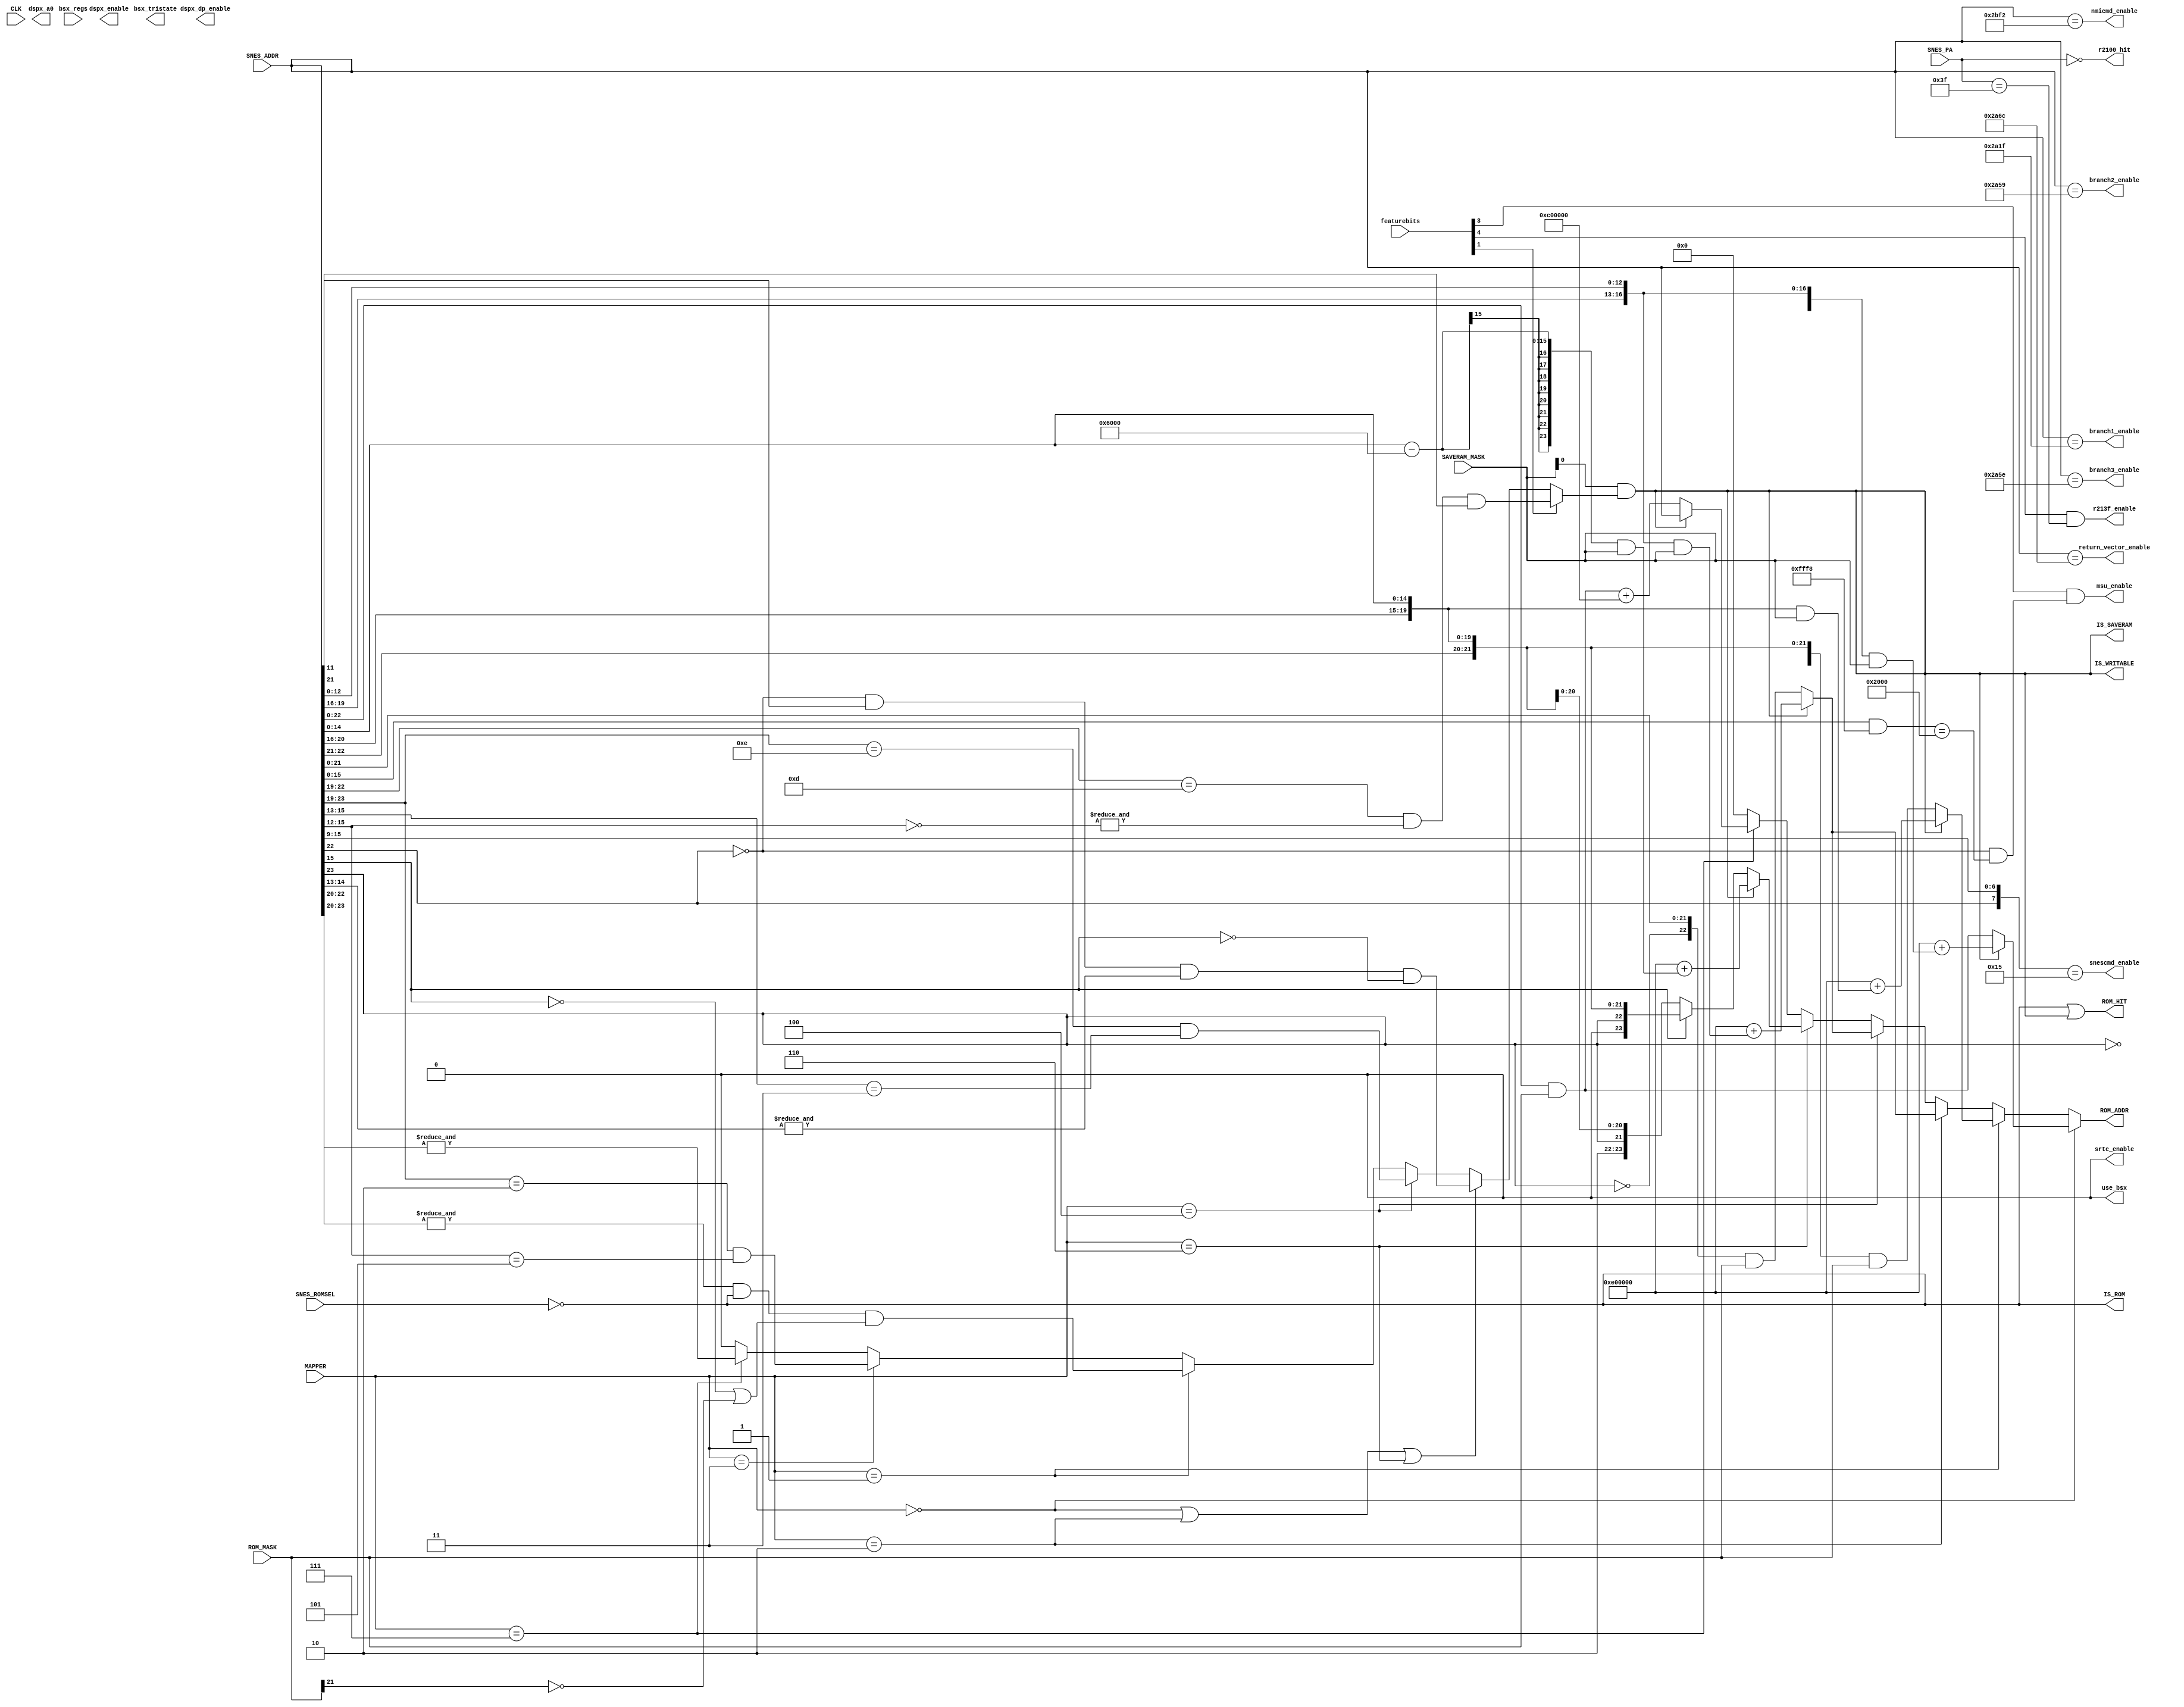
module address_7(
  input CLK,
  input [15:0] featurebits, 
  input [2:0] MAPPER,       
  input [23:0] SNES_ADDR,   
  input [7:0] SNES_PA,      
  input SNES_ROMSEL,        
  output [23:0] ROM_ADDR,   
  output ROM_HIT,           
  output IS_SAVERAM,        
  output IS_ROM,            
  output IS_WRITABLE,       
  input [23:0] SAVERAM_MASK,
  input [23:0] ROM_MASK,
  output msu_enable,
  output srtc_enable,
  output use_bsx,
  output bsx_tristate,
  input [14:0] bsx_regs,
  output dspx_enable,
  output dspx_dp_enable,
  output dspx_a0,
  output r213f_enable,
  output r2100_hit,
  output snescmd_enable,
  output nmicmd_enable,
  output return_vector_enable,
  output branch1_enable,
  output branch2_enable,
  output branch3_enable
);
parameter [2:0]
  FEAT_DSPX = 0,
  FEAT_ST0010 = 1,
  FEAT_SRTC = 2,
  FEAT_MSU1 = 3,
  FEAT_213F = 4,
  FEAT_2100 = 6
;
wire [23:0] SRAM_SNES_ADDR;
assign IS_ROM = ~SNES_ROMSEL;
assign IS_SAVERAM = SAVERAM_MASK[0]&(featurebits[FEAT_ST0010]?((SNES_ADDR[22:19] == 4'b1101) & &(~SNES_ADDR[15:12]) & SNES_ADDR[11])
              :((MAPPER == 3'b000 || MAPPER == 3'b010 || MAPPER == 3'b110) ? (!SNES_ADDR[22] & SNES_ADDR[21] & &SNES_ADDR[14:13] & !SNES_ADDR[15])
              :(MAPPER == 3'b100) ? ((SNES_ADDR[23:19] == 5'b01110) && (SNES_ADDR[15:13] == 3'b011))
              :(MAPPER == 3'b001)? (&SNES_ADDR[22:20] & (~SNES_ROMSEL) & (~SNES_ADDR[15] | ~ROM_MASK[21]))
              :(MAPPER == 3'b011) ? ((SNES_ADDR[23:19] == 5'b00010) & (SNES_ADDR[15:12] == 4'b0101) )
              :(MAPPER == 3'b111) ? (&SNES_ADDR[23:20])
              : 1'b0));
assign IS_WRITABLE = IS_SAVERAM;
assign SRAM_SNES_ADDR = ((MAPPER == 3'b000) ? (IS_SAVERAM	? 24'hE00000 + ({SNES_ADDR[20:16], SNES_ADDR[12:0]} & SAVERAM_MASK)
                                        : ({1'b0, SNES_ADDR[22:0]} & ROM_MASK))
                :(MAPPER == 3'b001) ? (IS_SAVERAM 	? 24'hE00000 + ({SNES_ADDR[20:16], SNES_ADDR[14:0]} & SAVERAM_MASK)
                                        : ({1'b0, ~SNES_ADDR[23], SNES_ADDR[22:16], SNES_ADDR[14:0]} & ROM_MASK))
                :(MAPPER == 3'b010) ? (IS_SAVERAM 	? 24'hE00000 + ({7'b0000000, SNES_ADDR[19:16], SNES_ADDR[12:0]} & SAVERAM_MASK)
                                        : ({1'b0, !SNES_ADDR[23], SNES_ADDR[21:0]} & ROM_MASK))
                :(MAPPER == 3'b100) ? (IS_SAVERAM 	? 24'hE00000 + ({7'b0000000, SNES_ADDR[19:16], SNES_ADDR[12:0]} & SAVERAM_MASK)
                                        : ({1'b0, !SNES_ADDR[23], SNES_ADDR[21:0]} & ROM_MASK))
                :(MAPPER == 3'b110) ? (IS_SAVERAM	? 24'hE00000 + ((SNES_ADDR[14:0] - 15'h6000) & SAVERAM_MASK)
                                        :(SNES_ADDR[15] ? ({1'b0, SNES_ADDR[23:16], SNES_ADDR[14:0]})
                                        :({2'b10, SNES_ADDR[23], SNES_ADDR[21:16], SNES_ADDR[14:0]}) ) )
                :(MAPPER == 3'b111) ? (IS_SAVERAM	? SNES_ADDR
                                        : (({1'b0, SNES_ADDR[22:0]} & ROM_MASK) + 24'hC00000) )
                : 24'b0);
assign ROM_ADDR = SRAM_SNES_ADDR;
assign ROM_HIT = IS_ROM | IS_WRITABLE;
assign msu_enable = featurebits[FEAT_MSU1] & (!SNES_ADDR[22] && ((SNES_ADDR[15:0] & 16'hfff8) == 16'h2000));
assign use_bsx = 1'b0;
assign srtc_enable = 1'b0;
assign r213f_enable = featurebits[FEAT_213F] & (SNES_PA == 8'h3f);
assign r2100_hit = (SNES_PA == 8'h00);
assign snescmd_enable = ({SNES_ADDR[22], SNES_ADDR[15:9]} == 8'b0_0010101);
assign nmicmd_enable = (SNES_ADDR == 24'h002BF2);
assign return_vector_enable = (SNES_ADDR == 24'h002A6C);
assign branch1_enable = (SNES_ADDR == 24'h002A1F);
assign branch2_enable = (SNES_ADDR == 24'h002A59);
assign branch3_enable = (SNES_ADDR == 24'h002A5E);
endmodule